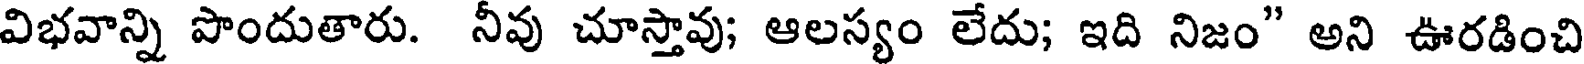
విభవాన్ని పొందుతారు. నీవు చూస్తావు; ఆలస్యం లేదు; ఇది నిజం" అని ఊరడించి